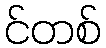
င်တစ်